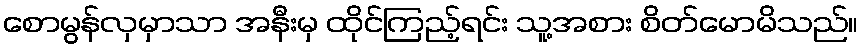
စောမွန်လှမှာသာ အနီးမှ ထိုင်ကြည့်ရင်း သူ့အစား စိတ်မောမိသည်။